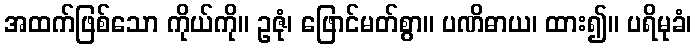
အထက်ဖြစ်သော ကိုယ်ကို။ ဥဇုံ၊ ဖြောင်မတ်စွာ။ ပဏိဓာယ၊ ထား၍။ ပရိမုခံ၊